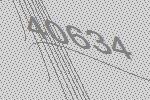
40634